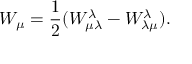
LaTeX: W _ { \mu } = \frac { 1 } { 2 } ( W _ { \mu \lambda } ^ { \lambda } - W _ { \lambda \mu } ^ { \lambda } ) .